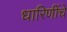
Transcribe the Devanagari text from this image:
धारिणींचे